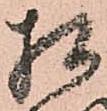
相